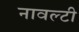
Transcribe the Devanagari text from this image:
नावल्‍टी